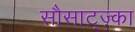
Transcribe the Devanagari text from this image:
सौसाट्ज़्का